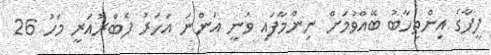
ފީފާގެ އިންތިހާބު ބޭއްވުމަށް ނިންމާފައި ވަނީ އަންނަ އަހަރު ފެބްރުއަރީ މަހު 26